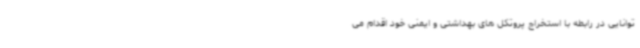
توانایی در رابطه با استخراج پروتکل های بهداشتی و ایمنی خود اقدام می